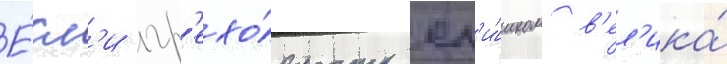
Е́сл'и гр'ехо́вность сл'и́шком в'ел'ика́